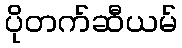
ပိုတက်ဆီယမ်